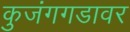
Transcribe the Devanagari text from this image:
कुजंगगडावर